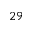
^ { 2 9 }